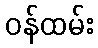
ဝန်ထမ်း